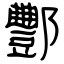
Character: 酆